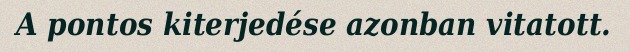
A pontos kiterjedése azonban vitatott.